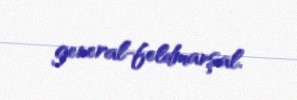
general-feldmarşal.